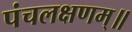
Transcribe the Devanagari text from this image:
पंचलक्षणम्‌॥